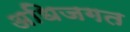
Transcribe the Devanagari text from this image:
अधिजगत